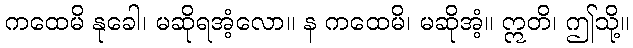
ကထေမိ နုခေါ၊ မဆိုရအံ့လော။ န ကထေမိ၊ မဆိုအံ့။ ဣတိ၊ ဤသို့။